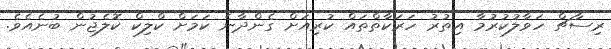
ރިސާޗް ހަވާލުކުރުމާ އިތުރު ހަރަކާތްތައް ކުރިއަށް ގެންދާނެ ކަމަށް ކްލިކް ކޮލެޖުން ބުނެއެވެ.